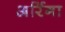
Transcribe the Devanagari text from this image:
अर्रिगा